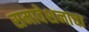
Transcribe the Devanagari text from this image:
समावेशनाचा